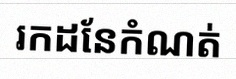
រកដែនកំណត់